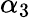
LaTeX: \alpha_{3}